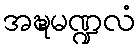
အဍ္ဎမဏ္ဍလံ